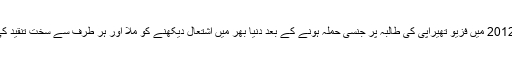
لیکن 2012 میں فزیو تھیراپی کی طالبہ پر جنسی حملہ ہونے کے بعد دنیا بھر میں اشتعال دیکھنے کو ملا اور ہر طرف سے سخت تنقید کی گئی۔